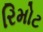
રિમોટ